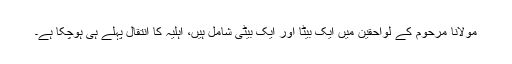
مولانا مرحوم کے لواحقین میں ایک بیٹا اور ایک بیٹی شامل ہیں، اہلیہ کا انتقال پہلے ہی ہوچکا ہے۔